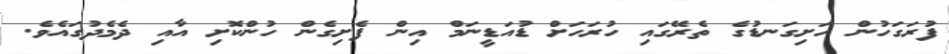
ފުރަގަހުން ހަށިގަނޑުގެ ތެރޭގައި ހުރަހަށް ޑުއަޑީނަމް އިން ފެށިގެން ހުންކޮށި އާއި ދެމެދުގައެވެ.